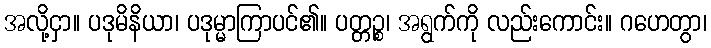
အလို့ငှာ။ ပဒုမိနိယာ၊ ပဒုမ္မာကြာပင်၏။ ပတ္တဉ္စ၊ အရွက်ကို လည်းကောင်း။ ဂဟေတွာ၊